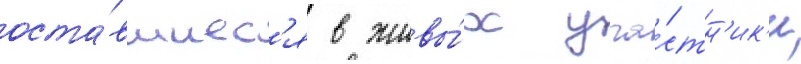
оста́вшиес'я в живы́х уча́стн'ик'и